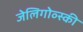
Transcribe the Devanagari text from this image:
जेलिगोव्स्की